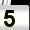
Digit: 5